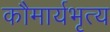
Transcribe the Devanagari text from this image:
कौमार्यभृत्य